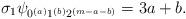
LaTeX: \begin{align*}\sigma_1 \psi_{0^{(a)}1^{(b)}2^{(m-a-b)}} = 3a+b .\end{align*}